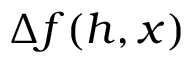
\Delta f ( h , x )